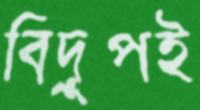
বিদ্রূপই